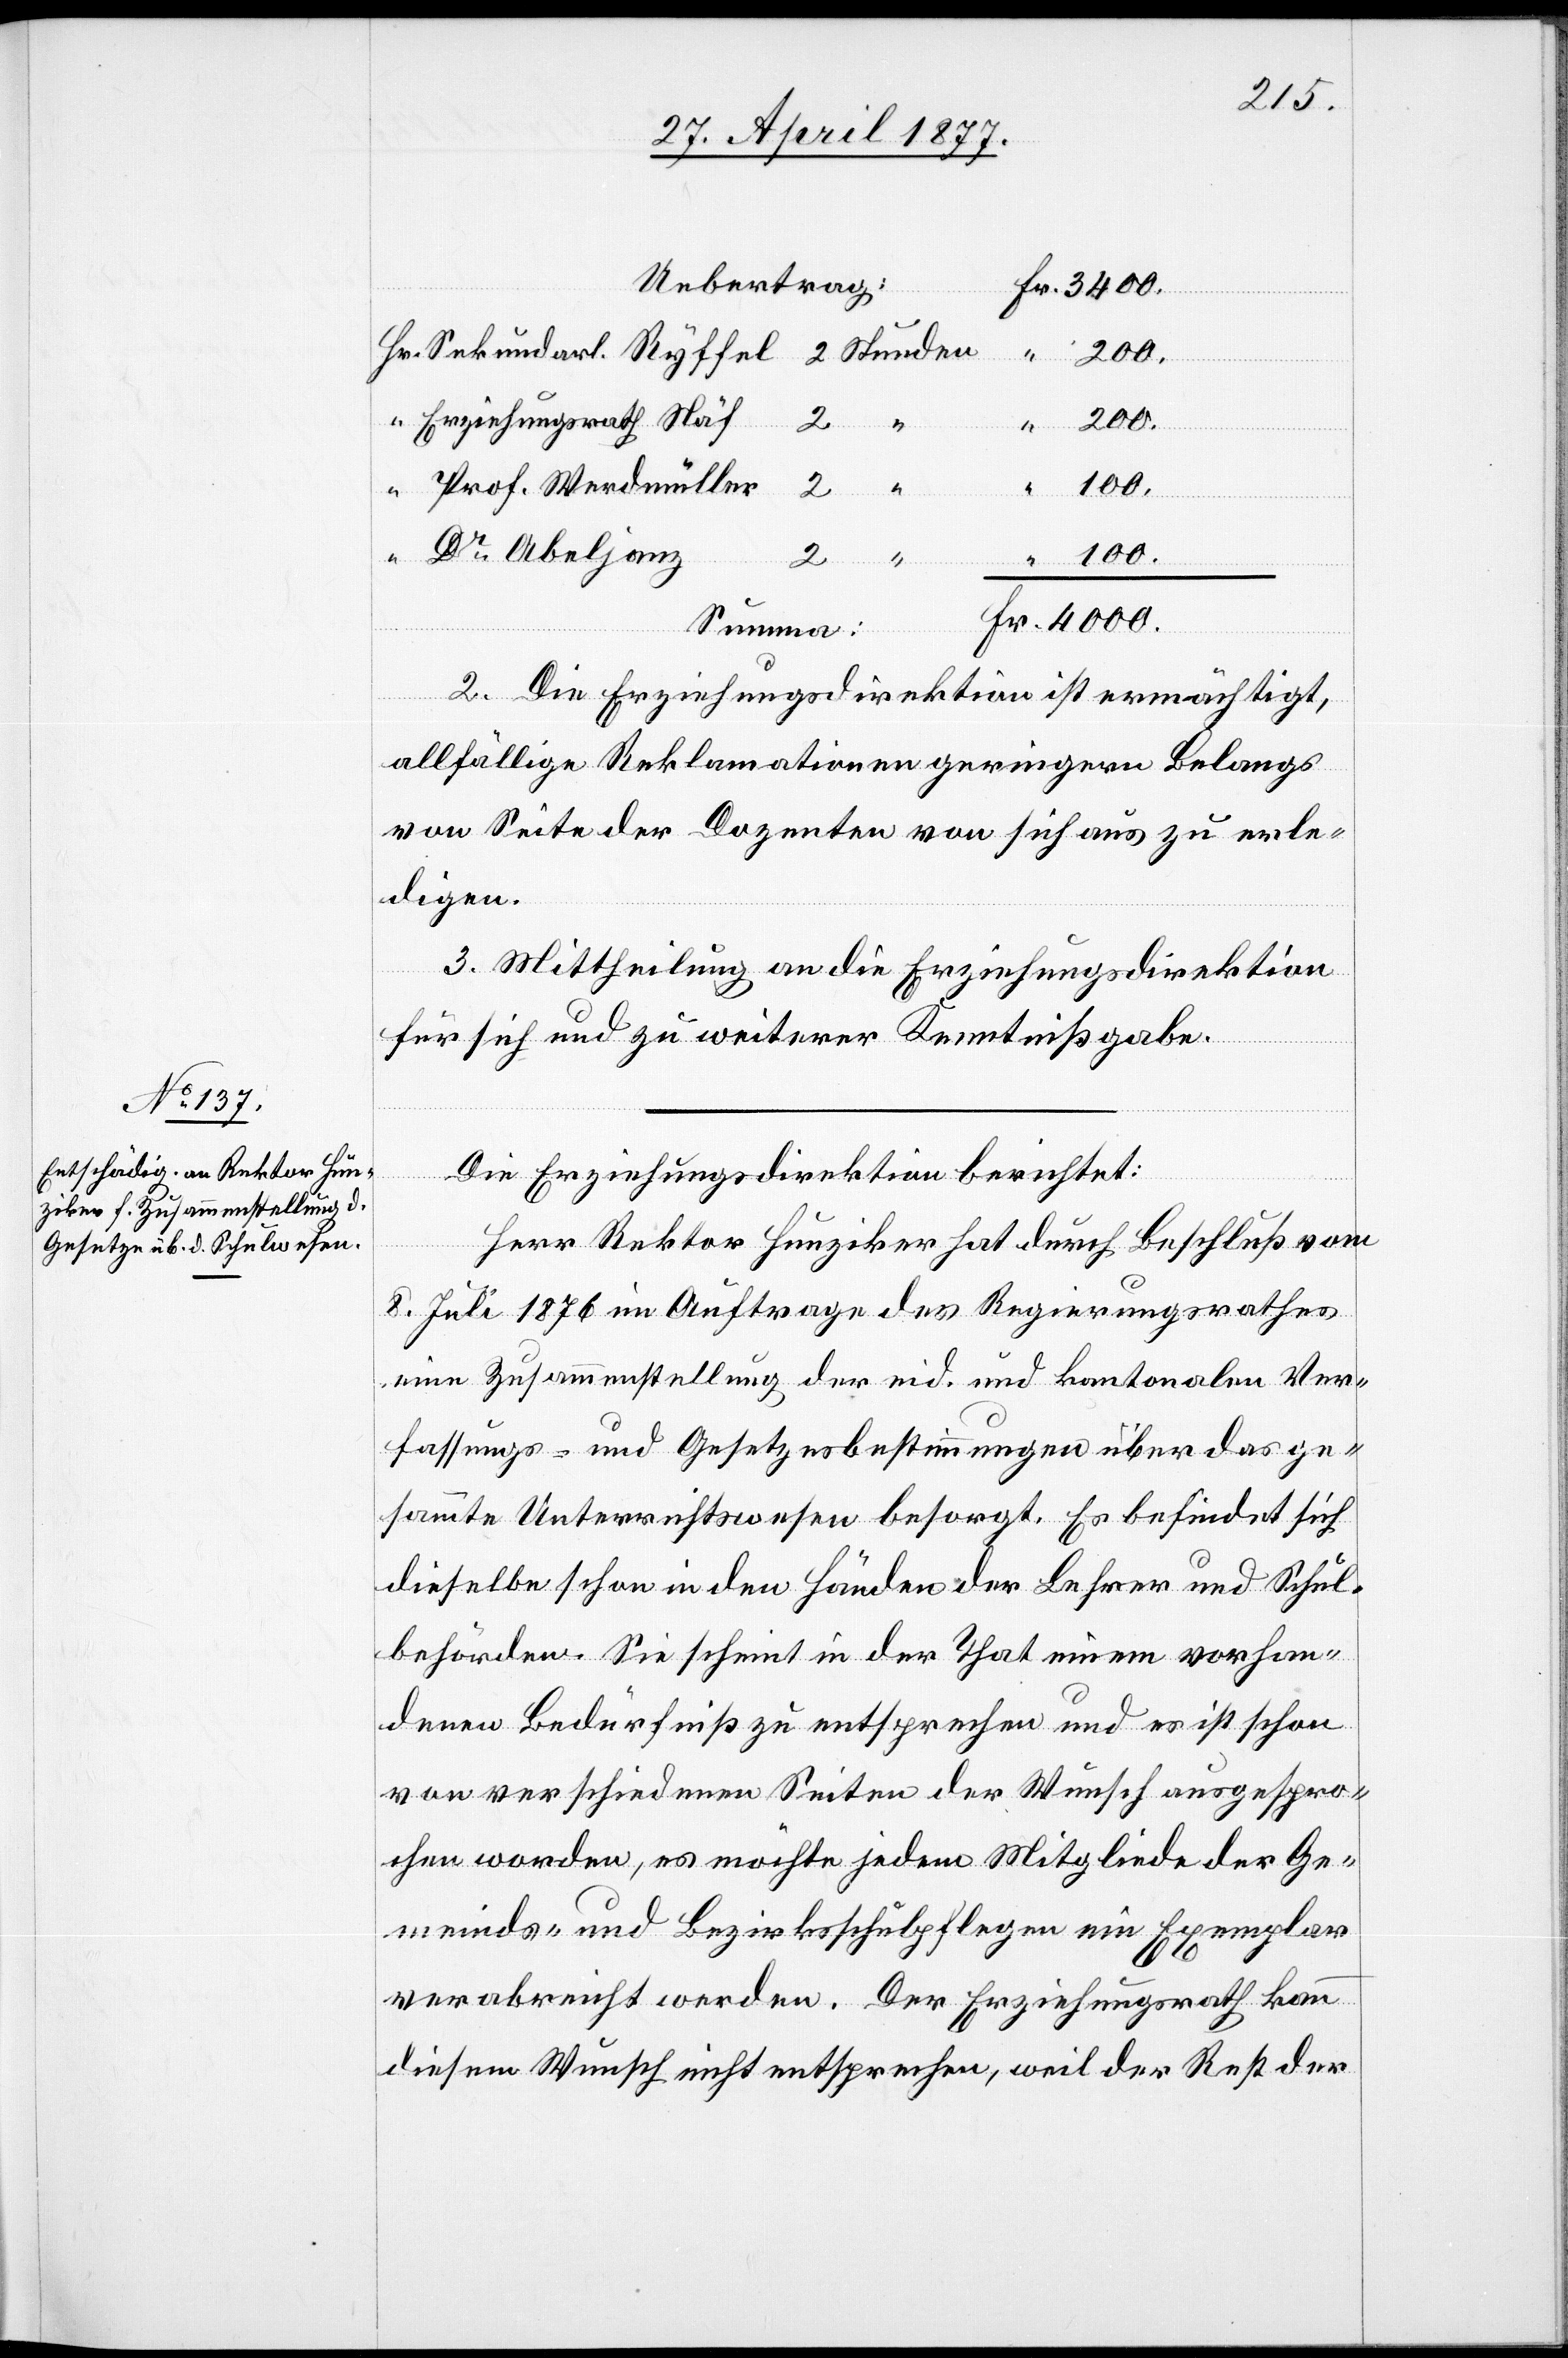
Erziehungsrath Näf
“
Abeljanz
Summa:
2. Die Erziehungsdirektion ist ermächtigt,
allfällige Reklamationen geringern Belangs
von Seite der Dozenten von sich aus zu erle¬
digen.
3. Mittheilung an die Erziehungsdirektion
für sich und zu weiterer Kenntnißgabe.
Fr.
Die Erziehungsdirektion berichtet:
Herr Rektor Hunziker hat durch Beschluß vom
8. Juli 1876 im Auftrage des Regierungsrathes
eine Zusammenstellung der eid. und kantonalen Ver¬
fassungs- und Gesetzesbestimmungen über das ge¬
sammte Unterrichtswesen besorgt. Es befindet sich
dieselbe schon in den Händen der Lehrer und Schul¬
behörden. Sie scheint in der That einem vorhan¬
denen Bedürfniß zu entsprechen und es ist schon
von verschiedenen Seiten der Wunsch ausgespro¬
chen worden, es möchte jedem Mitgliede der Ge¬
meinds- und Bezirksschulpflegen ein Exemplar
verabreicht werden. Der Erziehungsrath kann
diesem Wunsch nicht entsprechen, weil der Rest der